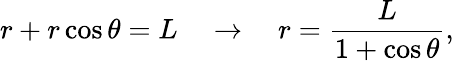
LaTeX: r+r\cos\theta=L\quad\rightarrow\quad r=\frac{L}{1+\cos\theta},